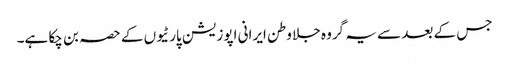
جس کے بعد سے یہ گروہ جلا وطن ایرانی اپوزیشن پارٹیوں کے حصہ بن چکا ہے۔